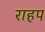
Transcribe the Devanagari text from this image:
राहप